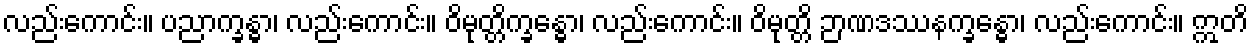
လည်းကောင်း။ ပညာက္ခန္ဓာ၊ လည်းကောင်း။ ဝိမုတ္တိက္ခန္ဓော၊ လည်းကောင်း။ ဝိမုတ္တိ ဉာဏဒဿနက္ခန္ဓော၊ လည်းကောင်း။ ဣတိ